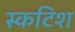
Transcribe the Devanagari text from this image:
स्कटिश